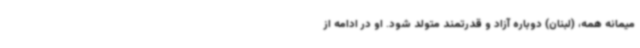
میمانه همه، (لبنان) دوباره آزاد و قدرتمند متولد شود. او در ادامه از